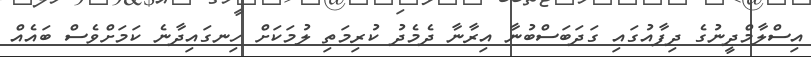
އިސްލާމްދީނުގެ ދިފާއުގައި ގަދަބަސްބުނާ އިރާނާ ދެމެދު ކުރިމަތި ލުމަކަށް ހިނގައިދާނެ ކަމަށްވެސް ބައެއް